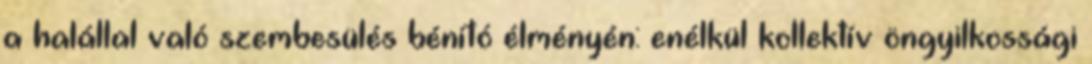
a halállal való szembesülés bénító élményén: enélkül kollektív öngyilkossági